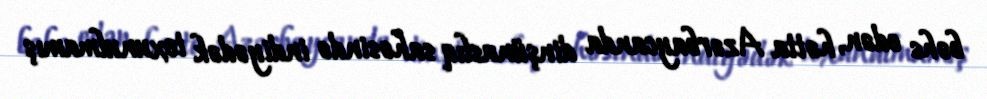
bəhs edən, hətta Azərbaycanda dinşünaslıq sahəsində indiyədək toxunulmamış